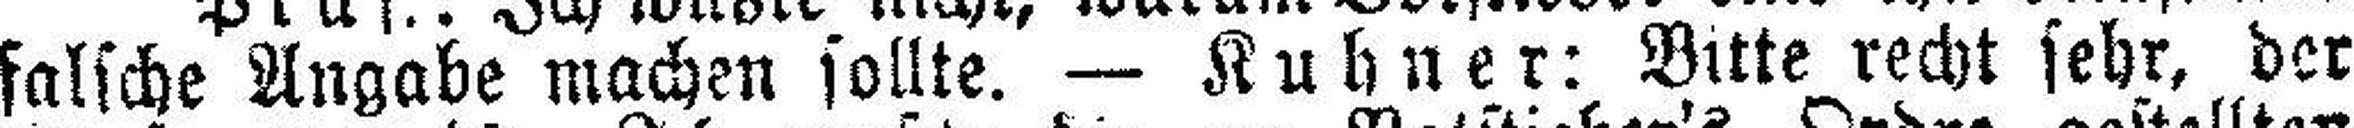
falsche Angabe machen sollte. — Kuhner: Bitte recht sehr, der